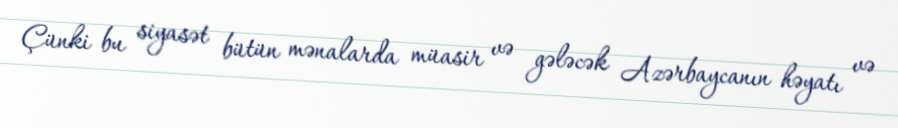
Çünki bu siyasət bütün mənalarda müasir və gələcək Azərbaycanın həyatı və